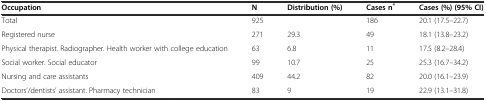
<table><thead><tr><td><b>Occupation</b></td><td><b>N</b></td><td><b>Distribution (%)</b></td><td><b>Cases n<sup>*</sup></b></td><td><b>Cases (%) (95% CI)</b></td></tr></thead><tbody><tr><td>Total</td><td>925</td><td></td><td>186</td><td>20.1 (17.5–22.7)</td></tr><tr><td>Registered nurse</td><td>271</td><td>29.3</td><td>49</td><td>18.1 (13.8–23.2)</td></tr><tr><td>Physical therapist. Radiographer. Health worker with college education</td><td>63</td><td>6.8</td><td>11</td><td>17.5 (8.2–28.4)</td></tr><tr><td>Social worker. Social educator</td><td>99</td><td>10.7</td><td>25</td><td>25.3 (16.7–34.2)</td></tr><tr><td>Nursing and care assistants</td><td>409</td><td>44.2</td><td>82</td><td>20.0 (16.1–23.9)</td></tr><tr><td>Doctors’/dentists’ assistant. Pharmacy technician</td><td>83</td><td>9</td><td>19</td><td>22.9 (13.1–31.8)</td></tr></tbody></table>